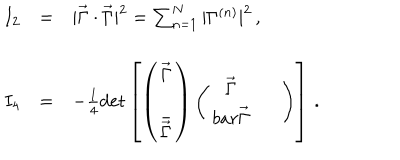
LaTeX: \begin{array} { r c l } { { I _ { 2 } } } & { { = } } & { { | \vec { \Gamma } \cdot \vec { \Gamma } | ^ { 2 } = \sum _ { n = 1 } ^ { N } | \Gamma ^ { ( n ) } | ^ { 2 } \, , } } \\ { { } } & { { } } & { { } } \\ { { I _ { 4 } } } & { { = } } & { { - \frac { 1 } { 4 } \mathrm { d e t } \left[ \left( \begin{array} { c } { { \vec { \Gamma } } } \\ { { \bar { \vec { \Gamma } } } } \\ \end{array} \right) \left( \begin{array} { c c } { { \vec { \Gamma } } } & { { \ \ } } \\ { { b a r { \vec { \Gamma } } } } \\ \end{array} \right) \right] \, . } } \\ \end{array}